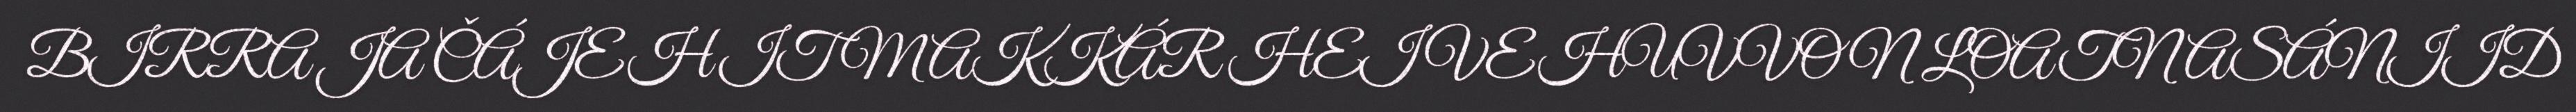
BIRRA JA ČÁJEHIT MAKKÁR HEIVEHUVVON LOATNASÁNIID